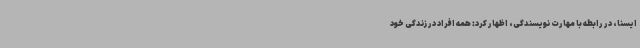
ایسنا، در رابطه با مهارت نویسندگی، اظهار کرد: همه افراد در زندگی خود